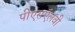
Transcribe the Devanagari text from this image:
पीएसऍलवी